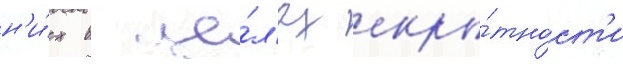
н'и́х в це́л'ях скры́тност'и